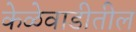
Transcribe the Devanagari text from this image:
केळेवाडीतील